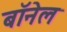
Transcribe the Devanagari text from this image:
बॉनेल